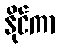
နိုင်ကာ